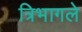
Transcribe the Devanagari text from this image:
त्रिभागले